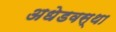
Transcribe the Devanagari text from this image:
अधेडवस्था